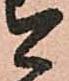
今